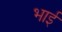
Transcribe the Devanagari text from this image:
भाईं